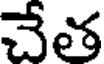
చేత